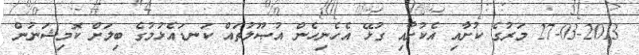
27-03-2013 މަރުގެ ކުށާއި އެކުށާއި ގުޅޭ އެހެނިހެން އުޞޫލުތައް ކަނޑައެޅުމުގެ ބިލަށް ކޮމިޝަނުން